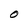
Character: O